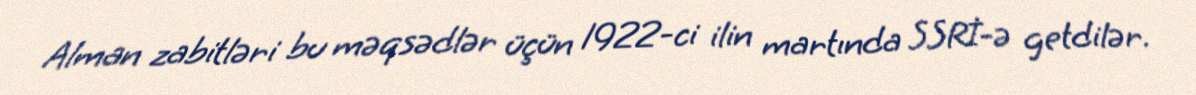
Alman zabitləri bu məqsədlər üçün 1922-ci ilin martında SSRİ-ə getdilər.